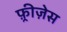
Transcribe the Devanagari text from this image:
फ़्रीज़ेस